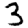
Digit: 3